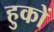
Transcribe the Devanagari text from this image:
हुकों